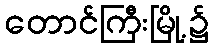
တောင်ကြီးမြို့၌